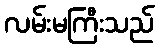
လမ်းမကြီးသည်